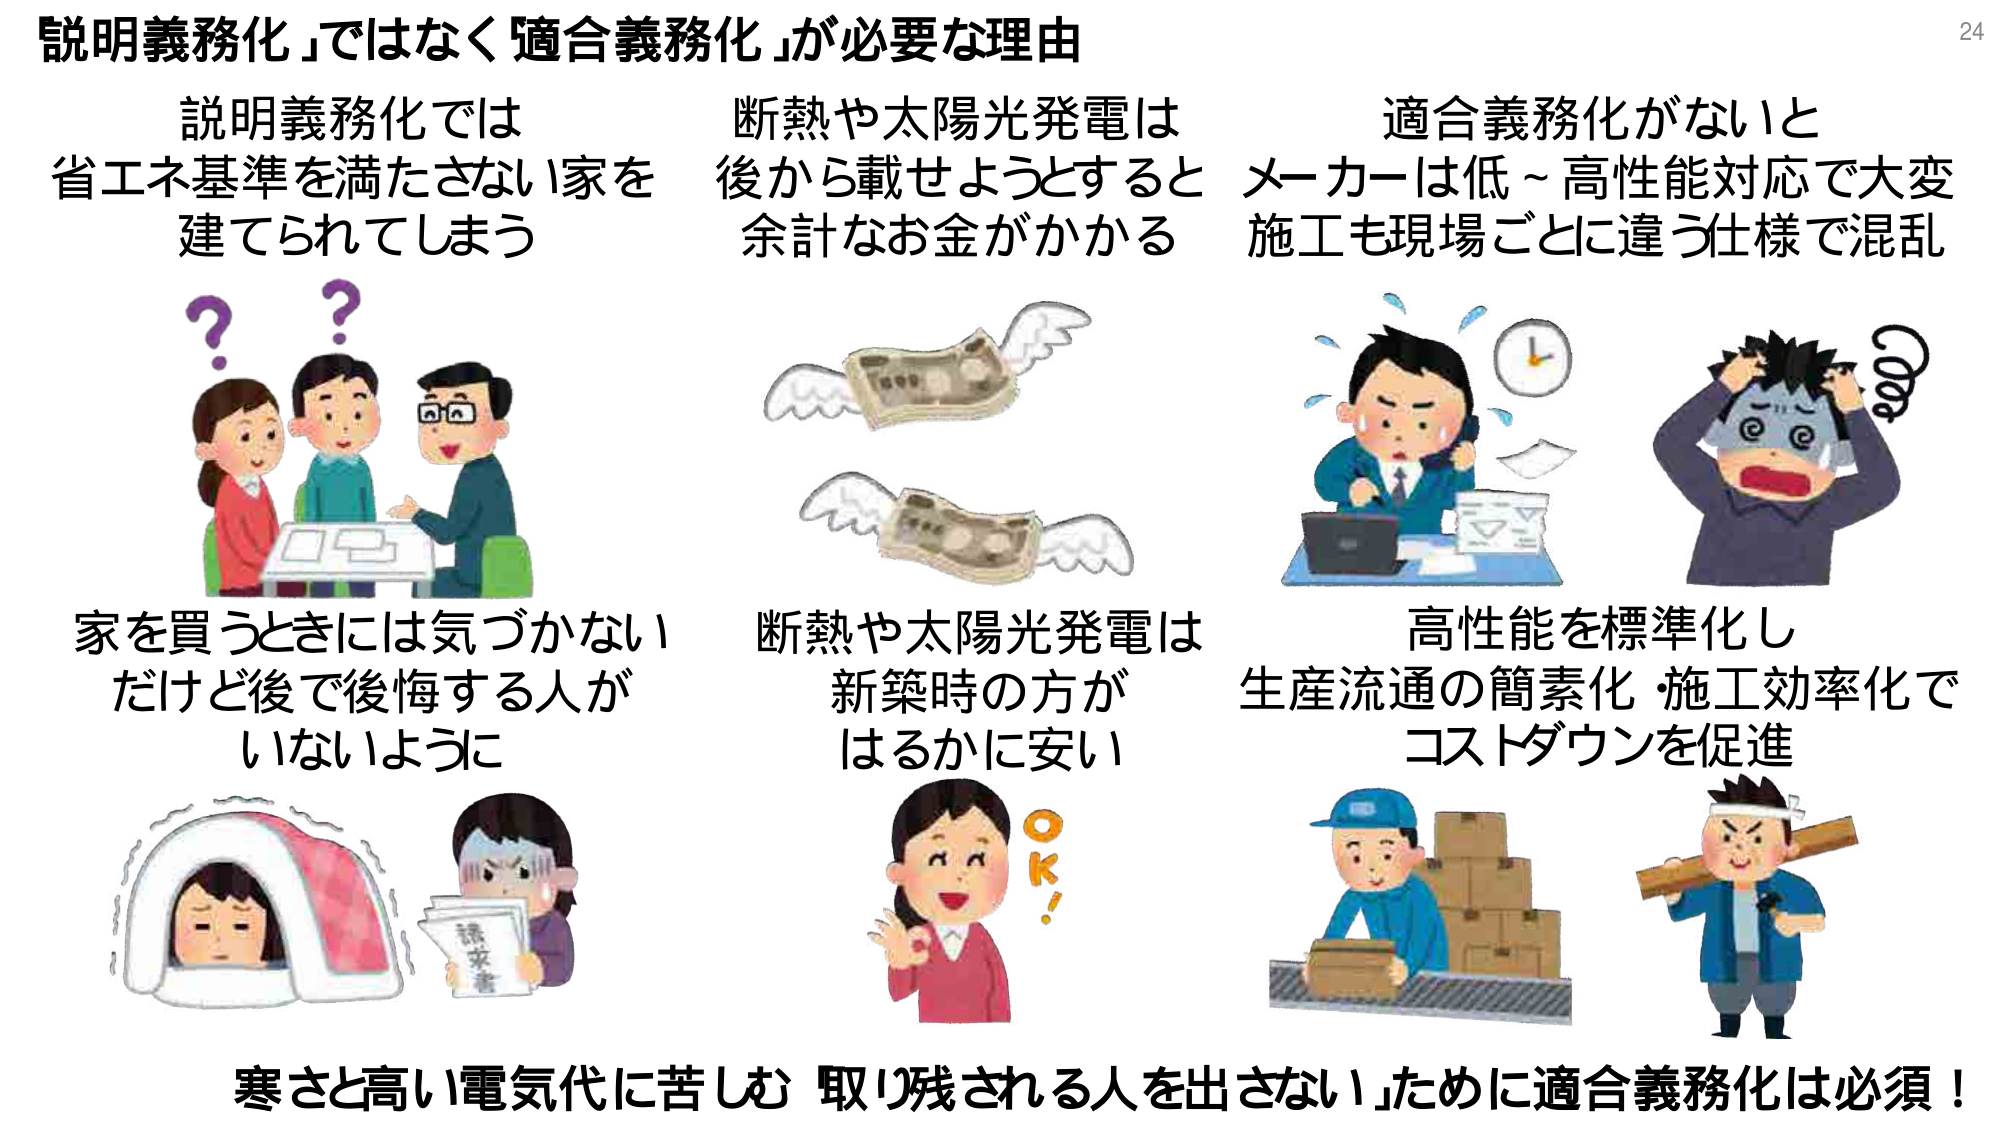
説明義務化」ではなく「適合義務化」が必要な理由

説明義務化では
省エネ基準を満たさない家を
建てられてしまう

家を買うときには気づかない
だけど後で後悔する人が
いないように

寒さと高い電気代に苦しむ「取り残される人を出さない」ために適合義務化は必須！

断熱や太陽光発電は
後から載せようとするとき
余計なお金がかかる

断熱や太陽光発電は
新築時の方が
はるかに安い

適合義務化がないと
メーカーは低～高性能対応で大変
施工も現場ごとに違う仕様で混乱

高性能を標準化し
生産流通の簡素化・施工効率化で
コストダウンを促進

OK!

24